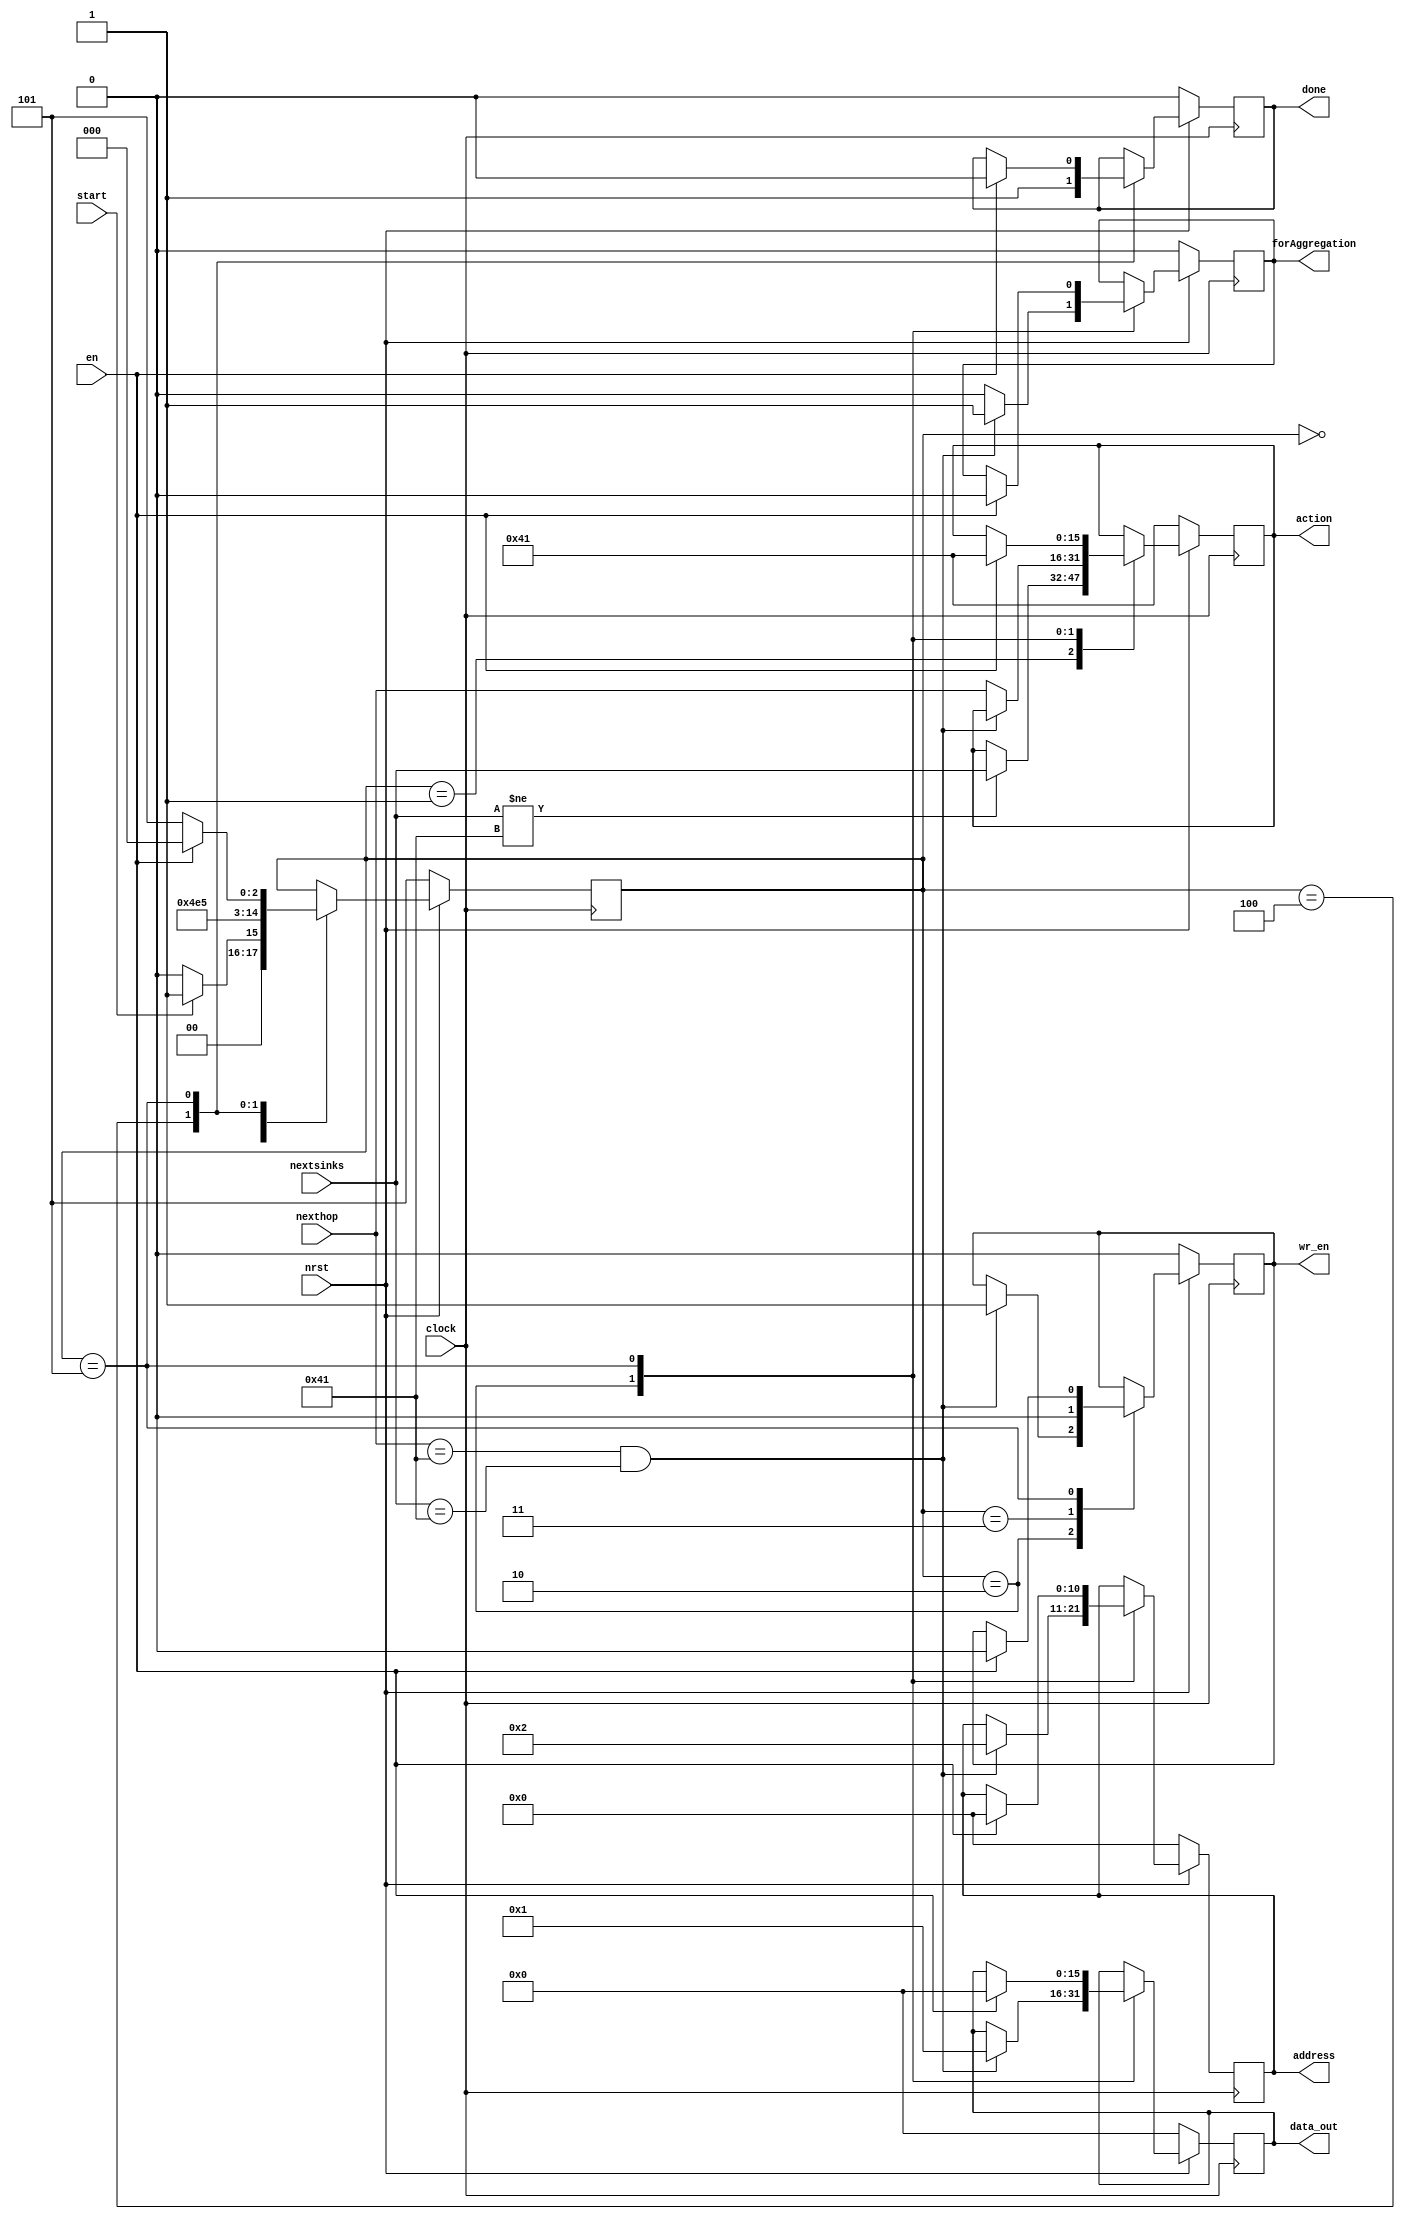
`timescale 1ns/1ps
`define WORD_WIDTH 16

/* Possible Actions
 * random hop (explore hop)
 * besthop
 * nextsink (sink in cluster)
 * self (CH role)
 */

module selectMyAction(clock, nrst, en, start, address, wr_en, nexthop, nextsinks, action, data_out, forAggregation, done);
	input clock, nrst, en, start;
	input [`WORD_WIDTH-1:0] nexthop, nextsinks;
	output forAggregation, done, wr_en;
	output [10:0] address;
	output [`WORD_WIDTH-1:0] action, data_out;

	// Registers
	reg forAggregation_buf, done_buf, wr_en_buf;
	reg [10:0] address_count;
	reg [`WORD_WIDTH-1:0] action_buf, data_out_buf;
	reg [2:0] state;

	assign done = done_buf;
	assign address = address_count;
	assign wr_en = wr_en_buf;
	assign data_out = data_out_buf;
	assign forAggregation = forAggregation_buf;
	assign action = action_buf;

	always @ (posedge clock) begin
		if (nrst != 1) begin
			done_buf = 1'd0;
			wr_en_buf = 1'd0;
			forAggregation_buf = 1'd0;
			state = 3'd5;
			address_count = 16'd0;
			action_buf = 16'd65;
			data_out_buf = 16'd0;
		end
		else begin
			case (state)
				3'd0: begin
					if (start == 1'd1) begin
						state = 3'd1;
					end
					else begin
						state = 3'd0;
					end
				end

				3'd1: begin //***Offset is passed instead of nID? If action is self, reward.v attaches wrong dest. Also, wider.
					if (nextsinks != 16'd65) begin
						action_buf = nextsinks;
						//$display("Send pkt to neighbor sink in my cluster!");
						state = 3'd2;
					end 
					else begin
						state = 3'd2;
					end
				end

				3'd2: begin
					if (nexthop == 16'd65 && nextsinks == 16'd65) begin
						forAggregation_buf = 1'd1;
						data_out_buf = 16'h1;
						address_count = 11'h2; // forAggregation (FLAG) address
						wr_en_buf = 1'd1;
						//$display("No better in-cluster head. Schedule aggregation! %d", action_buf);
					end
					else begin 
						forAggregation_buf = 1'd0;
						action_buf = nexthop;
					end
					state = 3'd3;
				end

				3'd3: begin
					wr_en_buf = 1'd0;
					state = 3'd4;
				end

				3'd4: begin
					done_buf = 1'd1;
					state = 3'd5;
				end

				3'd5: begin
					if (en == 1'd1) begin
						done_buf = 1'd0;
						wr_en_buf = 1'd0;
						forAggregation_buf = 1'd0;
						state = 3'd0;
						address_count = 11'd0;
						action_buf = 16'd65;
						data_out_buf = 16'd0;
					end
					else begin
						state = 3'd5;
					end
				end

				//default: state = 3'd5;
			endcase
		end
	end

endmodule